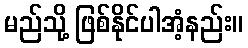
မည်သို့ ဖြစ်နိုင်ပါအံ့နည်း။